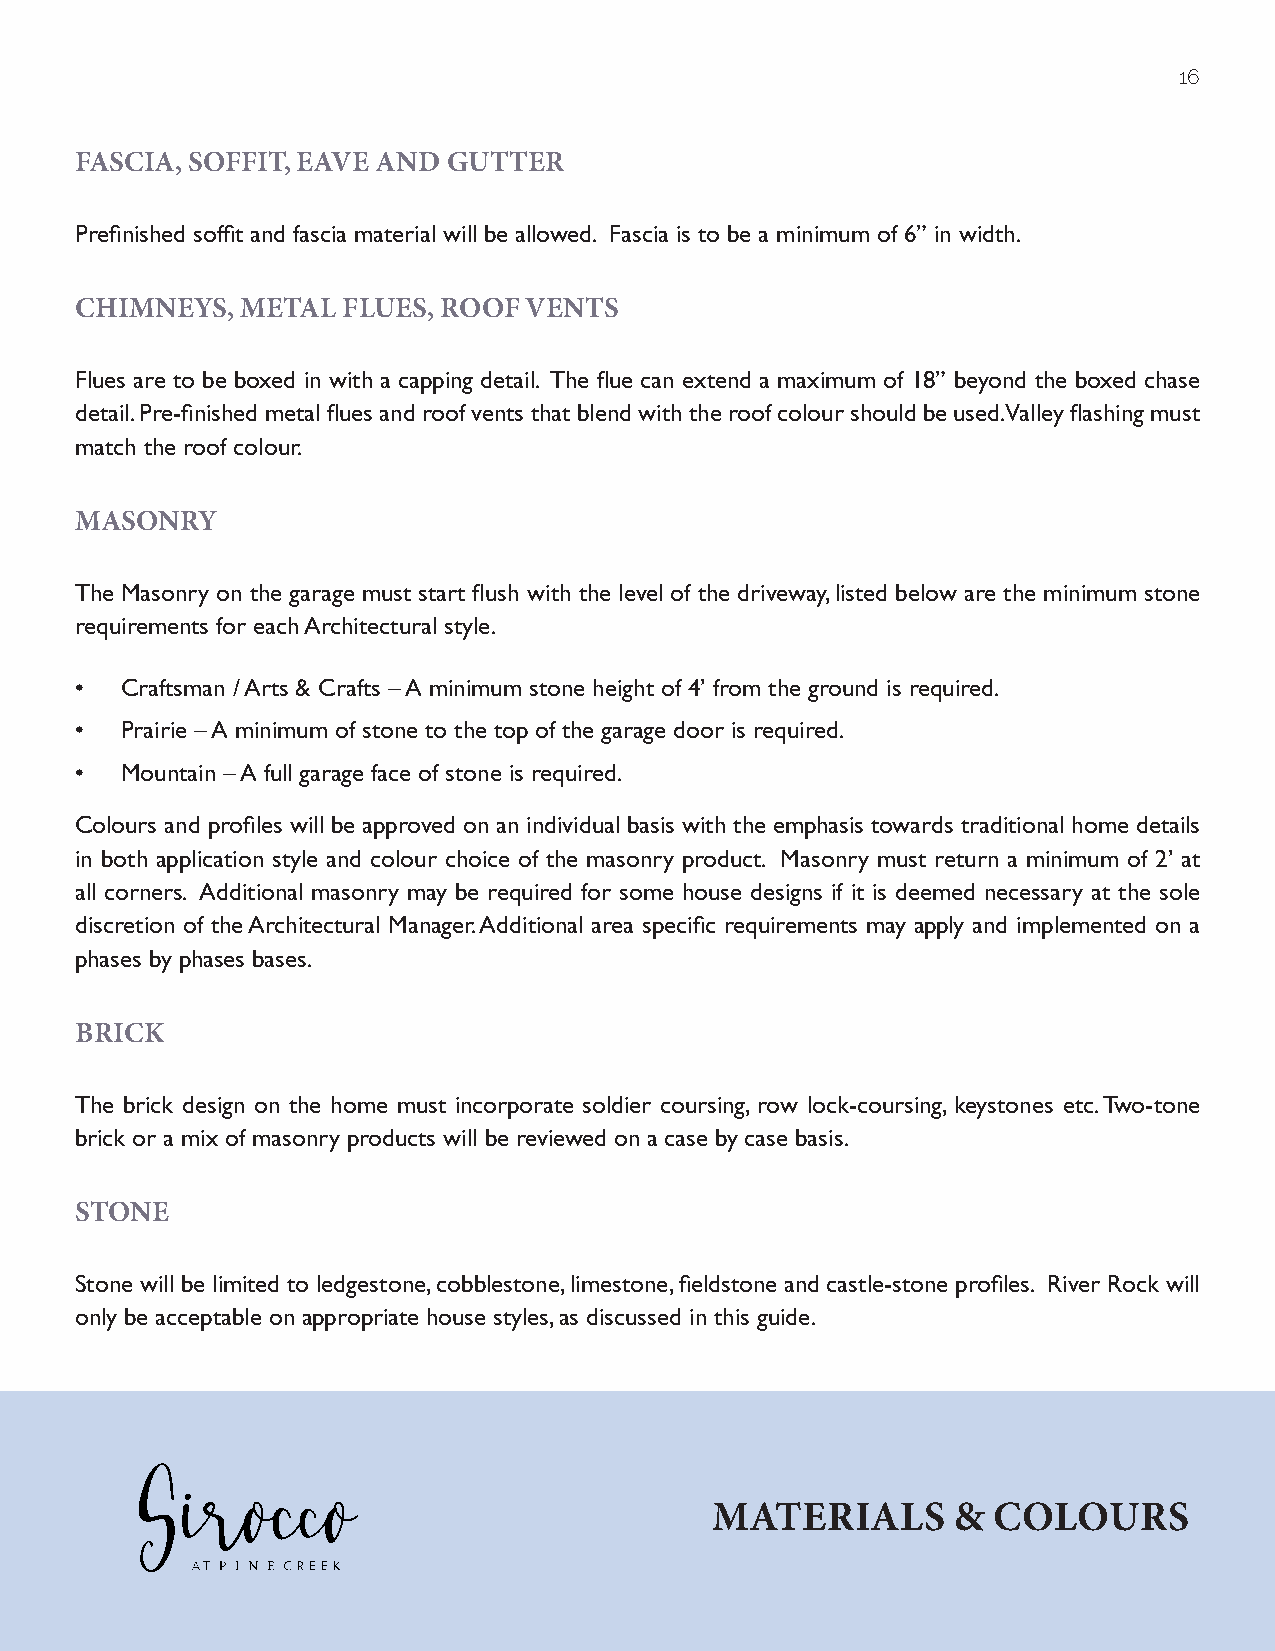
16
 FASCIA, SOFFIT, EAVE AND GUTTER
 Prefinished soffit and fascia material will be allowed. Fascia is to be a minimum of 6” in width.
 CHIMNEYS,  METAL  FLUES, ROOF VENTS
 Flues are to be boxed in with a capping detail. The flue can extend a maximum of 18” beyond the boxed chase
 detail. Pre-finished metal flues and roof vents that blend with the roof colour should be used. Valley flashing must
 match the roof colour.
 MASONRY
 The Masonry on the garage must start flush with the level of the driveway, listed below are the minimum stone
 requirements for each Architectural style.
 •  Craftsman / Arts & Crafts – A minimum stone height of 4’ from the ground is required.
 •  Prairie – A minimum of stone to the top of the garage door is required.
 •  Mountain – A full garage face of stone is required.
 Colours and profiles will be approved on an individual basis with the emphasis towards traditional home details
 in both application style and colour choice of the masonry product. Masonry must return a minimum of 2’ at
 all corners. Additional masonry may be required for some house designs if it is deemed necessary at the sole
 discretion of the Architectural Manager. Additional area specific requirements may apply and implemented on a
 phases by phases bases.
 BRICK
 The brick design on the home must incorporate soldier coursing, row lock-coursing, keystones etc. Two-tone
 brick or a mix of masonry products will be reviewed on a case by case basis.
 STONE
 Stone will be limited to ledgestone, cobblestone, limestone, fieldstone and castle-stone profiles. River Rock will
 only be acceptable on appropriate house styles, as discussed in this guide.
 MATERIALS       &  COLOURS